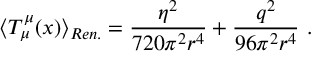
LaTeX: \langle T _ { \mu } ^ { \mu } ( x ) \rangle _ { R e n . } = \frac { \eta ^ { 2 } } { 7 2 0 \pi ^ { 2 } r ^ { 4 } } + \frac { q ^ { 2 } } { 9 6 \pi ^ { 2 } r ^ { 4 } } \ .